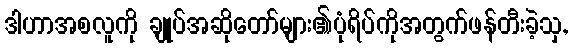
ဒါဟာအစလူကို ချုပ်အဆိုတော်များ၏ပုံရိပ်ကိုအတွက်ဖန်တီးခဲ့သှ,